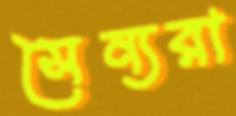
সৈন্যরা